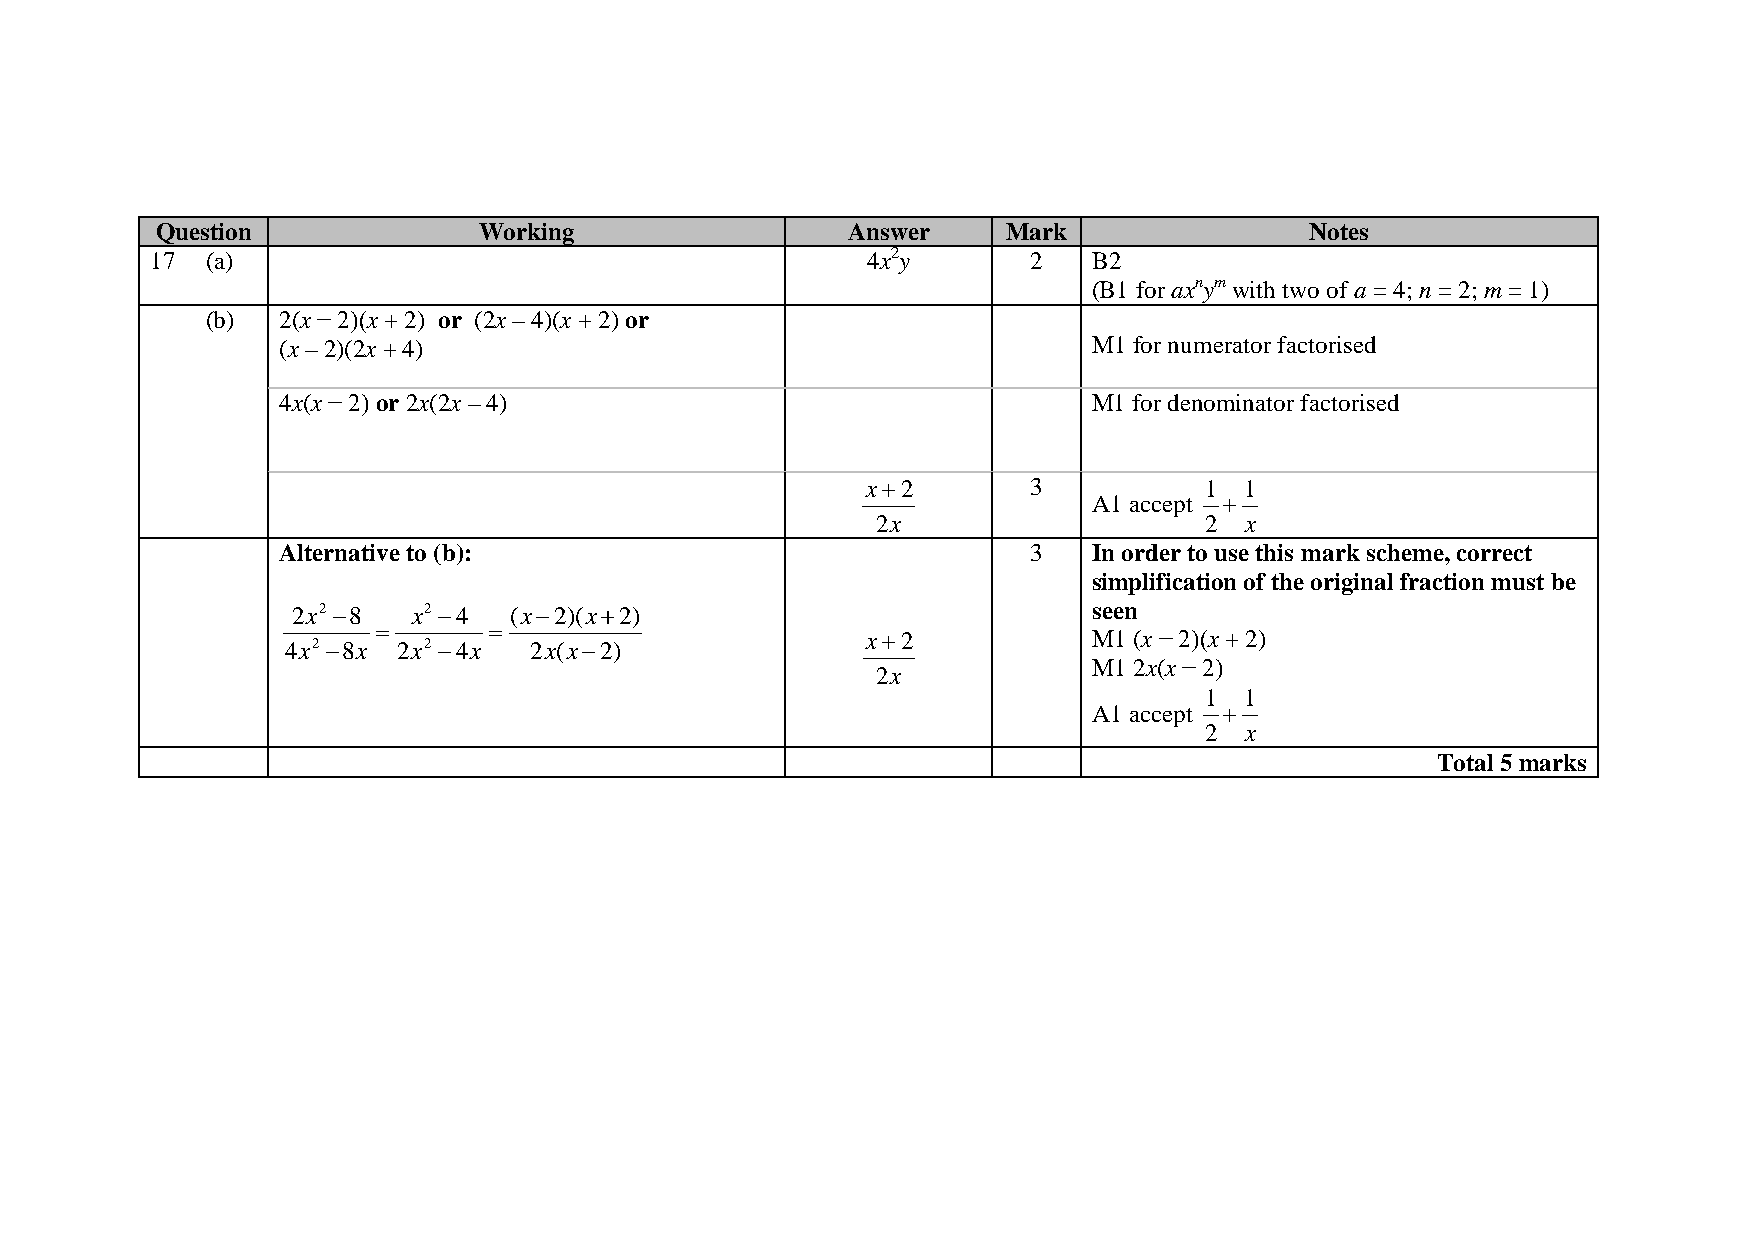
Question              Working                 Answer     Mark                Notes
 17  (a)                                        4x2y       2   B2
 (B1 for axnym with two of a = 4; n = 2; m = 1)
 (b) 2(x − 2)(x + 2) or (2x – 4)(x + 2) or
 (x – 2)(2x + 4)                                       M1 for numerator factorised
 4x(x − 2) or 2x(2x – 4)                               M1 for denominator factorised
 x+2        3           1 1
 A1 accept +
 2x                    2 x
 Alternative to (b):                               3   In order to use this mark scheme, correct
 simplification of the original fraction must be
 2x2 −8  x2 −4  (x−2)(x+2)                            seen
 =      =
 x+2            M1 (x − 2)(x + 2)
 4x2 −8x 2x2 −4x 2x(x−2)
 M1 2x(x − 2)
 2x
 1 1
 A1 accept +
 2 x
 Total 5 marks